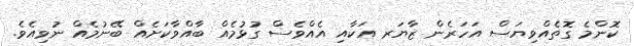
ކޮންމެ ގޮތެއްވިޔަސް އަހަރެން ޒާޔަރ އަކާއި އެއްވެސް ގުޅުމެއް ބާއްވާކަށެއް ބޭނުމެއް ނުވިއެވެ.